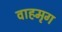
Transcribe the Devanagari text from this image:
वाहमृग